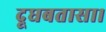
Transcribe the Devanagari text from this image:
दूधबतासा।